65_HS1-834228961_62-HQ-83894_Serial_438
Agency: FBI
Page 18
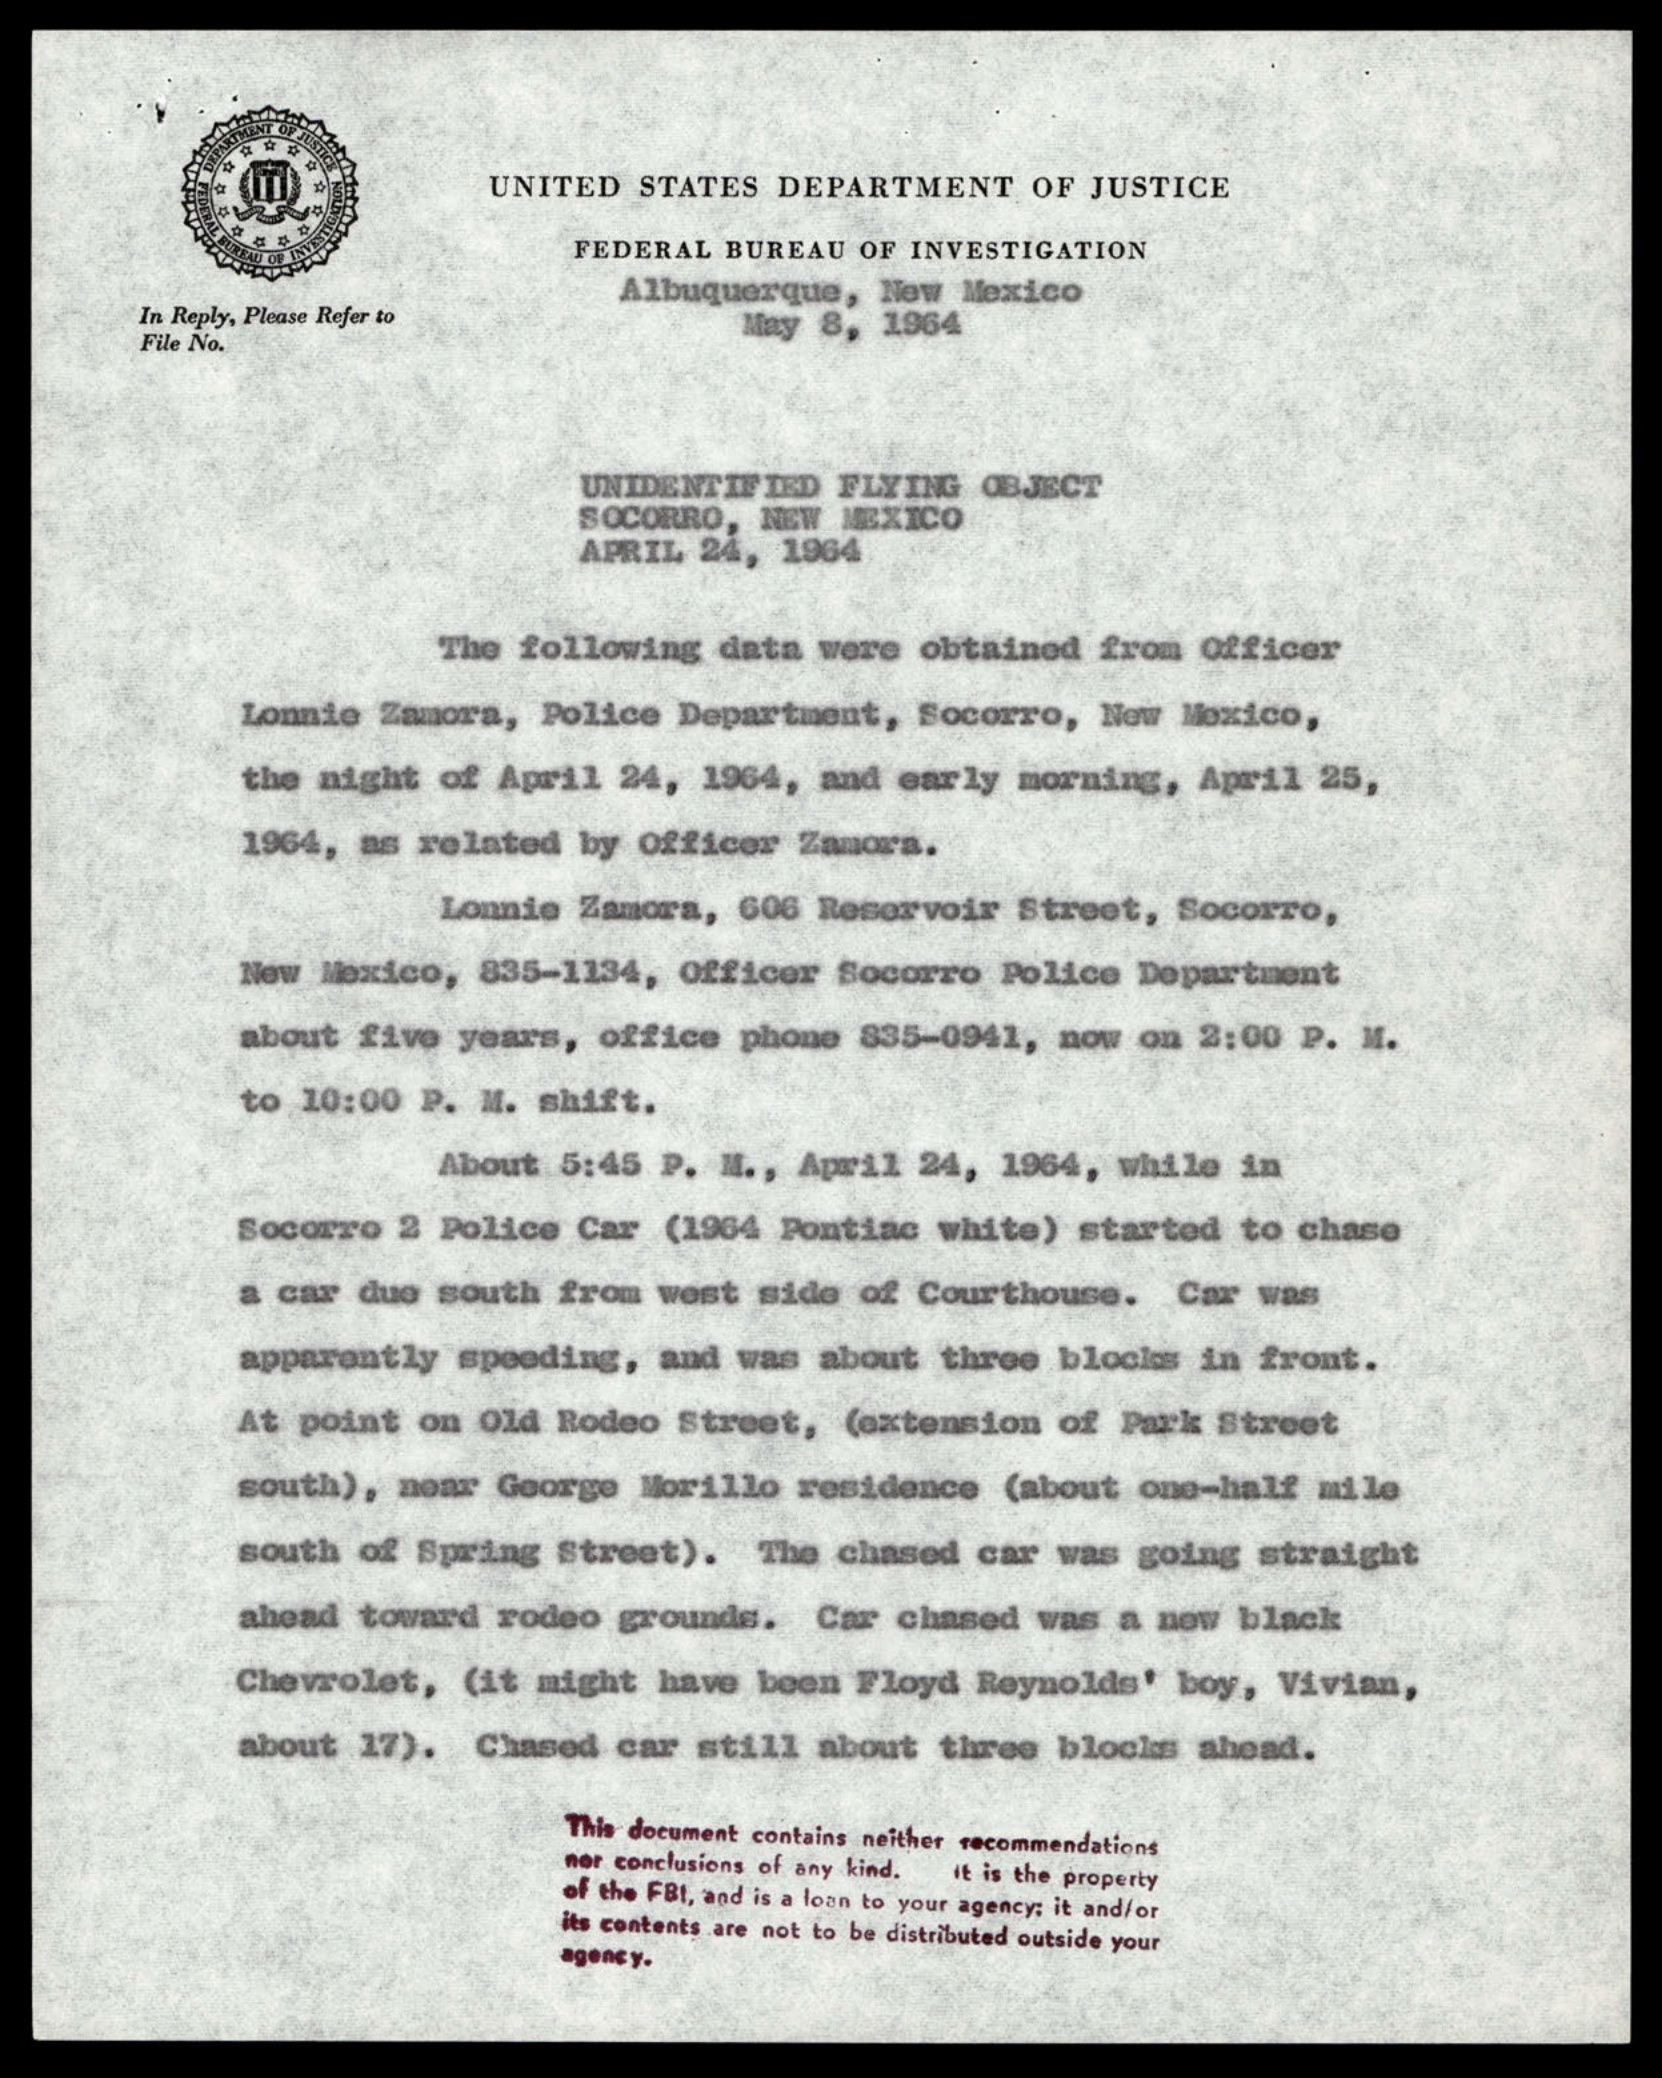